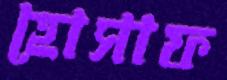
হোসাফ